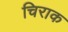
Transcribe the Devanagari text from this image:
चिराक